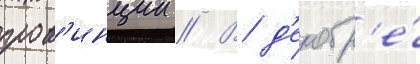
пров'инции // В д'екабр'е́